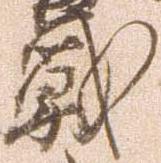
戦